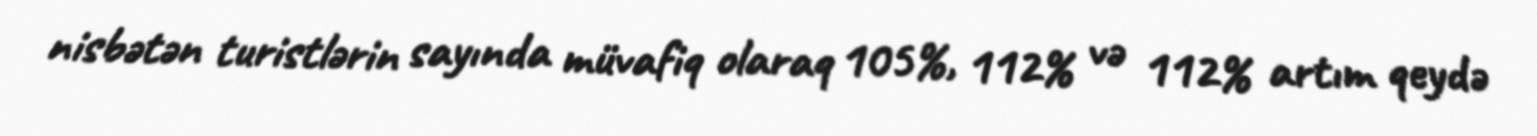
nisbətən turistlərin sayında müvafiq olaraq 105%, 112% və 112% artım qeydə